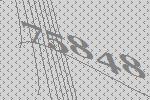
75848